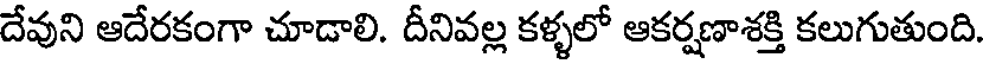
దేవుని ఆదేరకంగా చూడాలి. దీనివల్ల కళ్ళలో ఆకర్షణాశక్తి కలుగుతుంది.